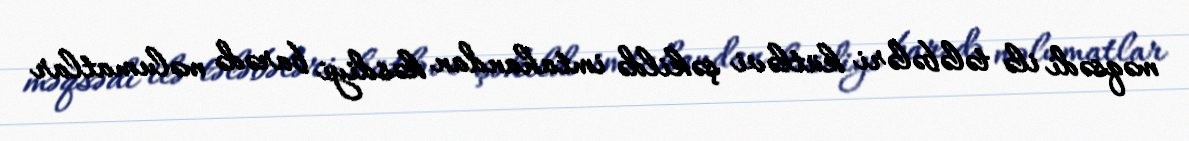
məqsədi ilə tələbələri kütləvi şəkildə imtahandan kəsdiyi barədə məlumatlar